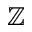
\mathbb { Z }